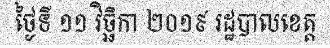
ថ្ងៃទី ១១ វិច្ឆិកា ២០១៩ រដ្ឋបាលខេត្ត